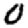
Digit: 0